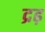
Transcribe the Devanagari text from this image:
द्रढ़